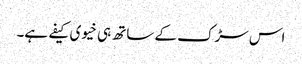
اس سڑک کے ساتھ ہی خیوی کیفے ہے۔